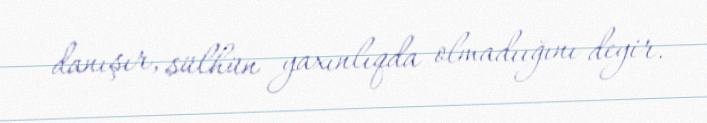
danışır, sülhün yaxınlıqda olmadıığını deyir.